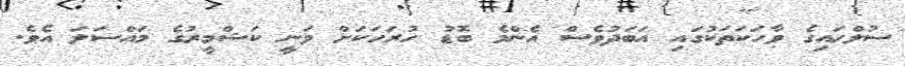
ސުލްހައިގެ ވާހަކަތަކުގައި އަބަދުވެސް އެންމެ ބޮޑު ހުރަހަކަށް ވަނީ ކަޝްމީރުގެ މައްސަލަ އެވެ.